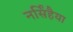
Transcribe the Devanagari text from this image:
नर्सिंहैया